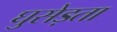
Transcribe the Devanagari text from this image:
घुसेड़ता